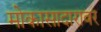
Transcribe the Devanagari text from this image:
मोकासादारावर